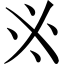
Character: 𠂭